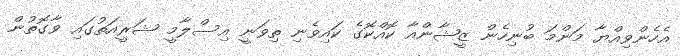
އެހެންވިއްޔާ މަންމަ ބުނިހެން ޒީޝާންއާ ކޮއްކޮގެ ކައިވެނި ތިވަނީ އިސްލާމީ ޝަރީއަތުގައި ވާގޮތުން